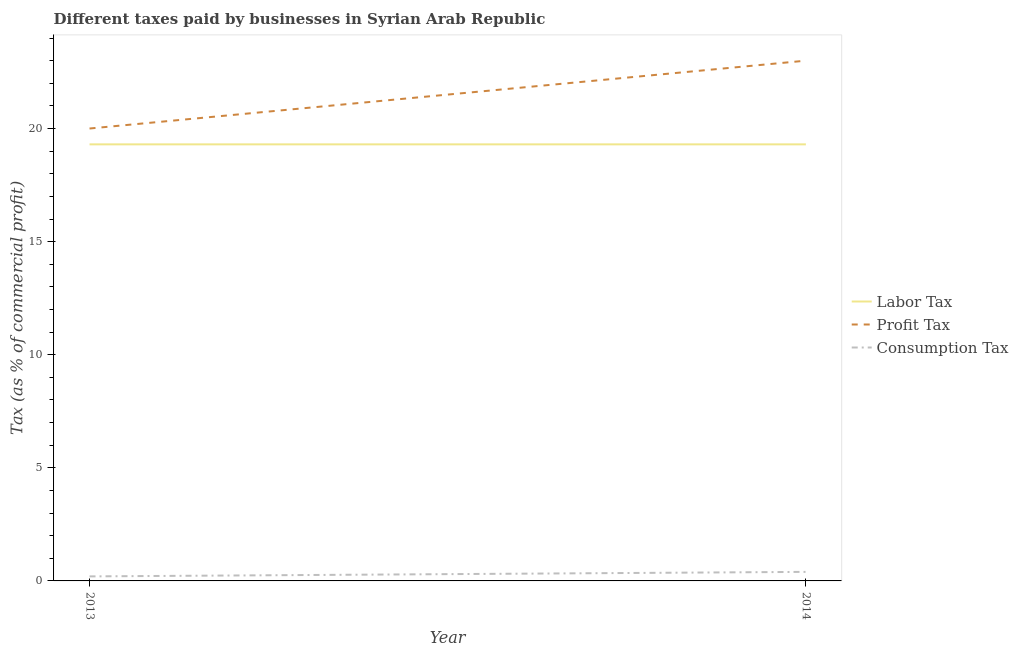
| Year | Labor Tax | Profit Tax | Consumption Tax |
 | --- | --- | --- | --- |
 | 2013 | 19.3 | 20 | 0.2 |
 | 2014 | 19.3 | 23 | 0.4 |